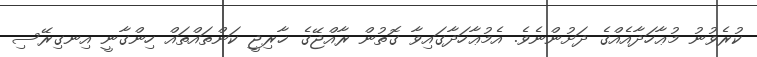
ކުރެވުނު މުޢާހަދާއެއްގެ ދަށުންނެވެ. އެމުޢާހަދާގައިވާ ގޮތުން ރާއްޖޭގެ ޚާރިޖީ ކަންތައްތައް ހިންގާނީ އިނގިރޭސި